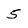
Character: 5